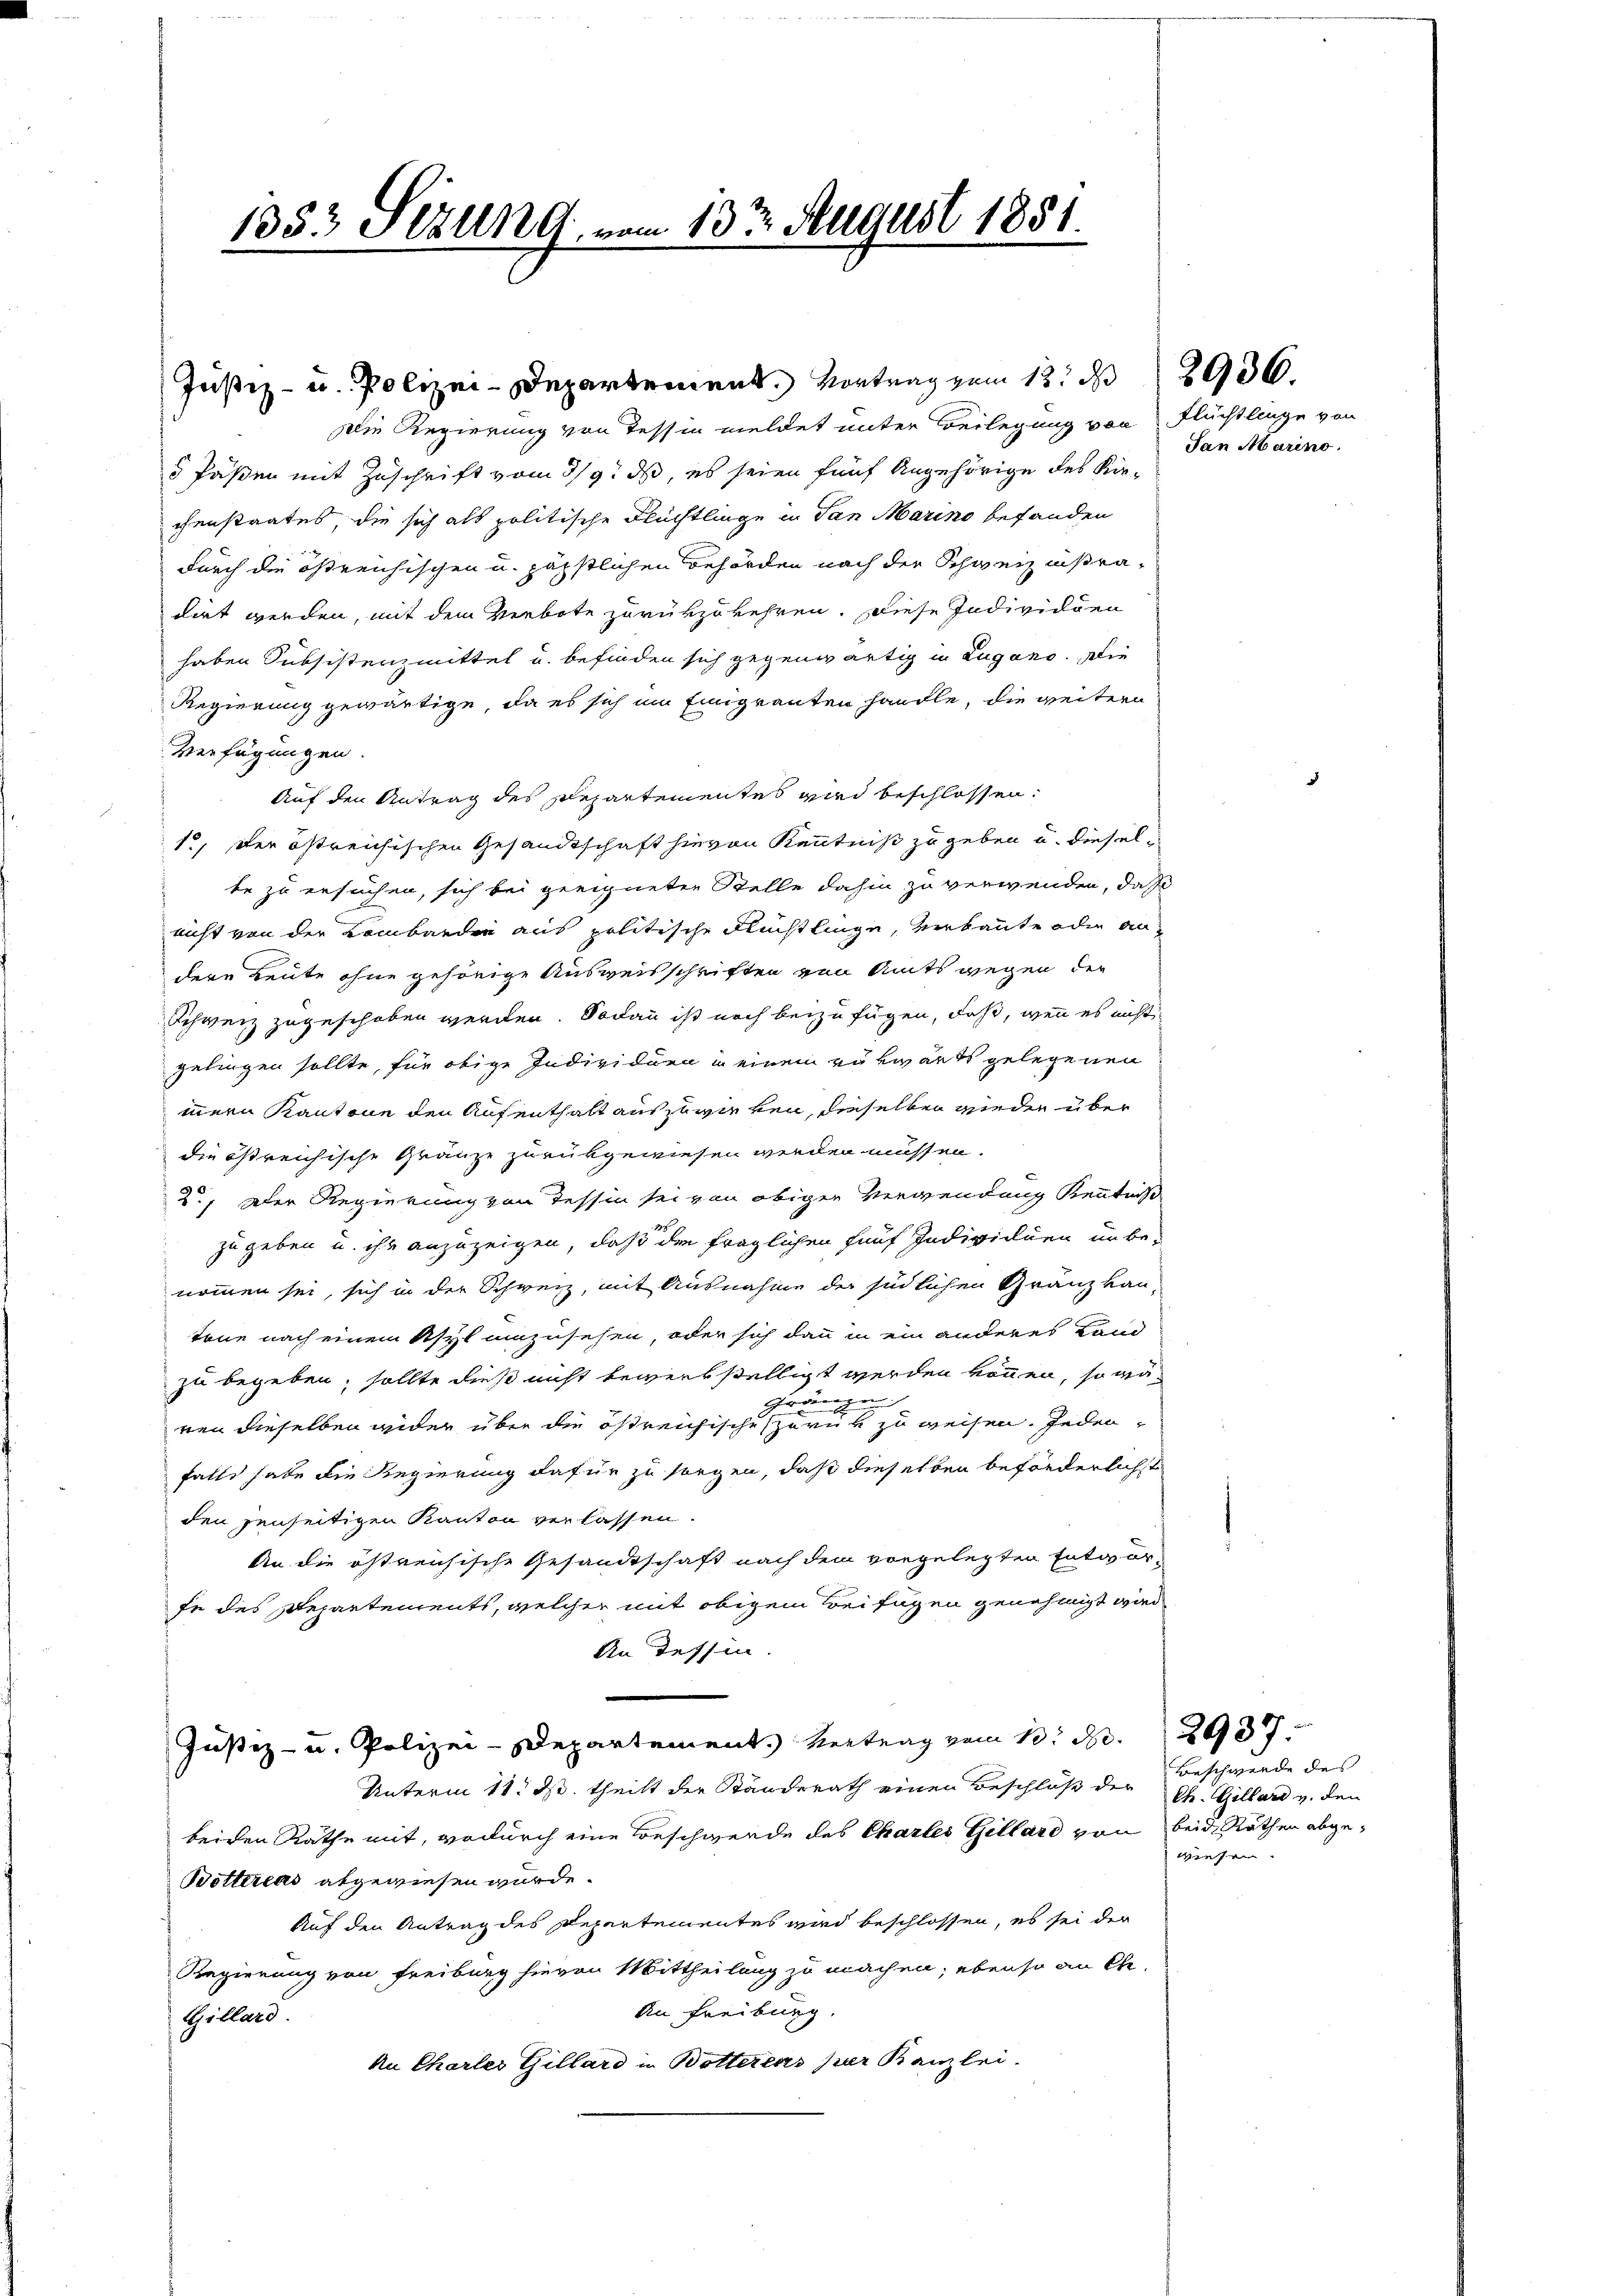
1353 Sitzung vom 13ten August 1881.

Justiz- u. Polizei-Departement. Vortrag vom 13. d. 2936.

Die Regierung von Tessin meldet unter Beilegung von Flüchtlinge von
5 Päßen mit Zuschrift vom 3/9. ds, es seien fünf Angehörige des Kirchenstaates, die sich als politische Flüchtlinge in San Marino befanden
durch die östreichischen u. päpstlichen Behörden nach der Schweiz instradirt werden, mit dem Verbote zurükzukehren. Diese Individuen
haben Subsistenzmittel u. befinden sich gegenwärtig in Lugano. Die
Regierung gewärtige, da es sich im Einigranten handle, die weitern
Verfügungen.
Auf den Antrag des Repartementes wird beschlossen:
1., der östreichischen Gesandtschaft hievon Kenntniß zu geben u. dieselte zu ersuchen, sich bei geeigneten Stelle dahin zu verwenden, daß
nicht von der Lombarden aus politische Flüchtlinge, verbaute oder andere Leute ohne gehörige Ausweisschriften von Amts wegen der
Schweiz zugeschoben werden. Sodann ist noch beizufügen, daß, wenn es nicht
gelingen sollte, für obige Individuen in einem rükwärts gelegenen
mern Kantone den Aufenthalt auszuwirken, derselben wieder über
die östreichische Gränze zurükgewiesen werden müssen.
2., Der Regierung von Tessin sei von obiger Verwendung Kenntniß
zu geben u. ihr anzuzeigen, daß die fraglichen fünf Individuen unbe-
nommen sei, sich in der Schweiz, mit Ausnahme der südlichen Gränzbau-
töne nach einem Asyl umzusehen, oder sich dann in ein anderes Land
zu begeben; sollte dieß nicht bewerkstelligt werden können, so wä¬
Gränzen
ren dieselben wider über die östreichische erne zu weisen. Jedenfalle habe die Regierung dafür zu sorgen, daß dieselben beförderlichst
den jenseitigen Kanton verlassen.
An die östreichische Gesandtschaft nach dem vorgelegten Entgerfe des Departements, welcher mit obigem Beifügen genehmigt wird,
An Tessin.
Justiz- u. Polizei-Departement. Vertrag vom 13. d. 2937.
Unterm 11. ds. theilt der Ständerath einen Beschluß der Ch. Gillard v. den
beiden Rathe mit, wodurch eine Beschwerde des Chartes Gillard von beide Räthen abge¬
Bottereas abgewiesen wurde.
Auf den Antrag des Departementes wird beschlossen, es sei der
Regierung von Freiburg hievon Mittheilung zu machen; ebenso an Ch
An Freiburg.
Gillard
An Charler Gillard in Botterens per Kanzlei-

San Marino.

Beschwerde des
wiesen.